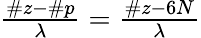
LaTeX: \begin{array}{r}{\frac{\# z-\# p}{\lambda}=\frac{\# z-6N}{\lambda}}\end{array}